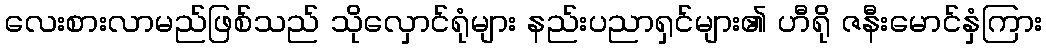
လေးစားလာမည်ဖြစ်သည် သိုလှောင်ရုံများ နည်းပညာရှင်များ၏ ဟီရို ဇနီးမောင်နှံကြား